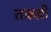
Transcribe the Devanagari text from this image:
तकष़ी